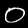
Digit: 0